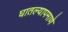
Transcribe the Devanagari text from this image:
घातल्यापमाणे